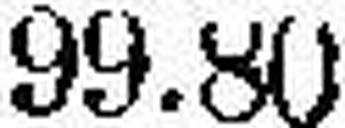
99.80